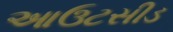
આઉટસીડ